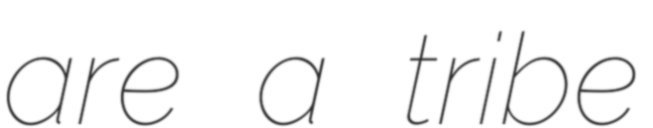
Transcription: are a tribe